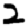
Digit: 2